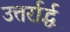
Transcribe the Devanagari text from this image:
उत्तर्रार्द्ध